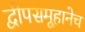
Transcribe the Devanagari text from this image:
द्वीपसमूहानेच